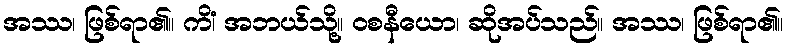
အဿ၊ ဖြစ်ရာ၏။ ကိံ၊ အဘယ်သို့။ ဝစနီယော၊ ဆိုအပ်သည်။ အဿ၊ ဖြစ်ရာ၏။